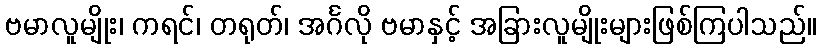
ဗမာလူမျိုး၊ ကရင်၊ တရုတ်၊ အင်္ဂလို ဗမာနှင့် အခြားလူမျိုးများဖြစ်ကြပါသည်။